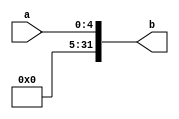
module EXT_5(
input [4:0]a,
output [31:0]b
);
assign b={{27{1'b0}},a};
endmodule

module EXT_16(
input [15:0]a,
output [31:0]b
);
assign b={{16{1'b0}},a};
endmodule

module S_EXT_16(
input [15:0]a,
output [31:0]b
);
assign b={{16{a[15]}},a};
endmodule

module S_EXT_18(
input [17:0]a,
output [31:0]b
);
assign b={{14{a[17]}},a};
endmodule